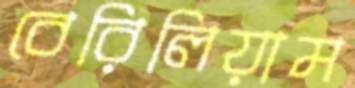
বেরিলিয়াম